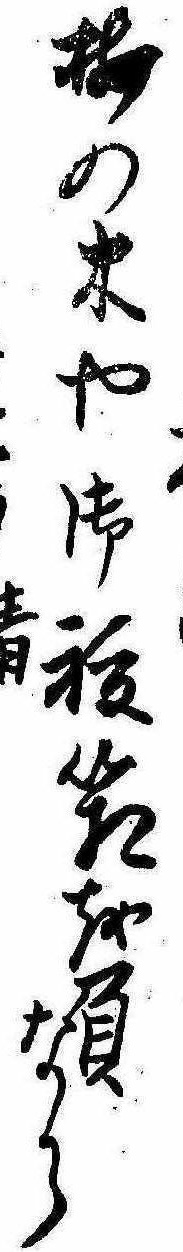
梅の木や御祓箱を負なから